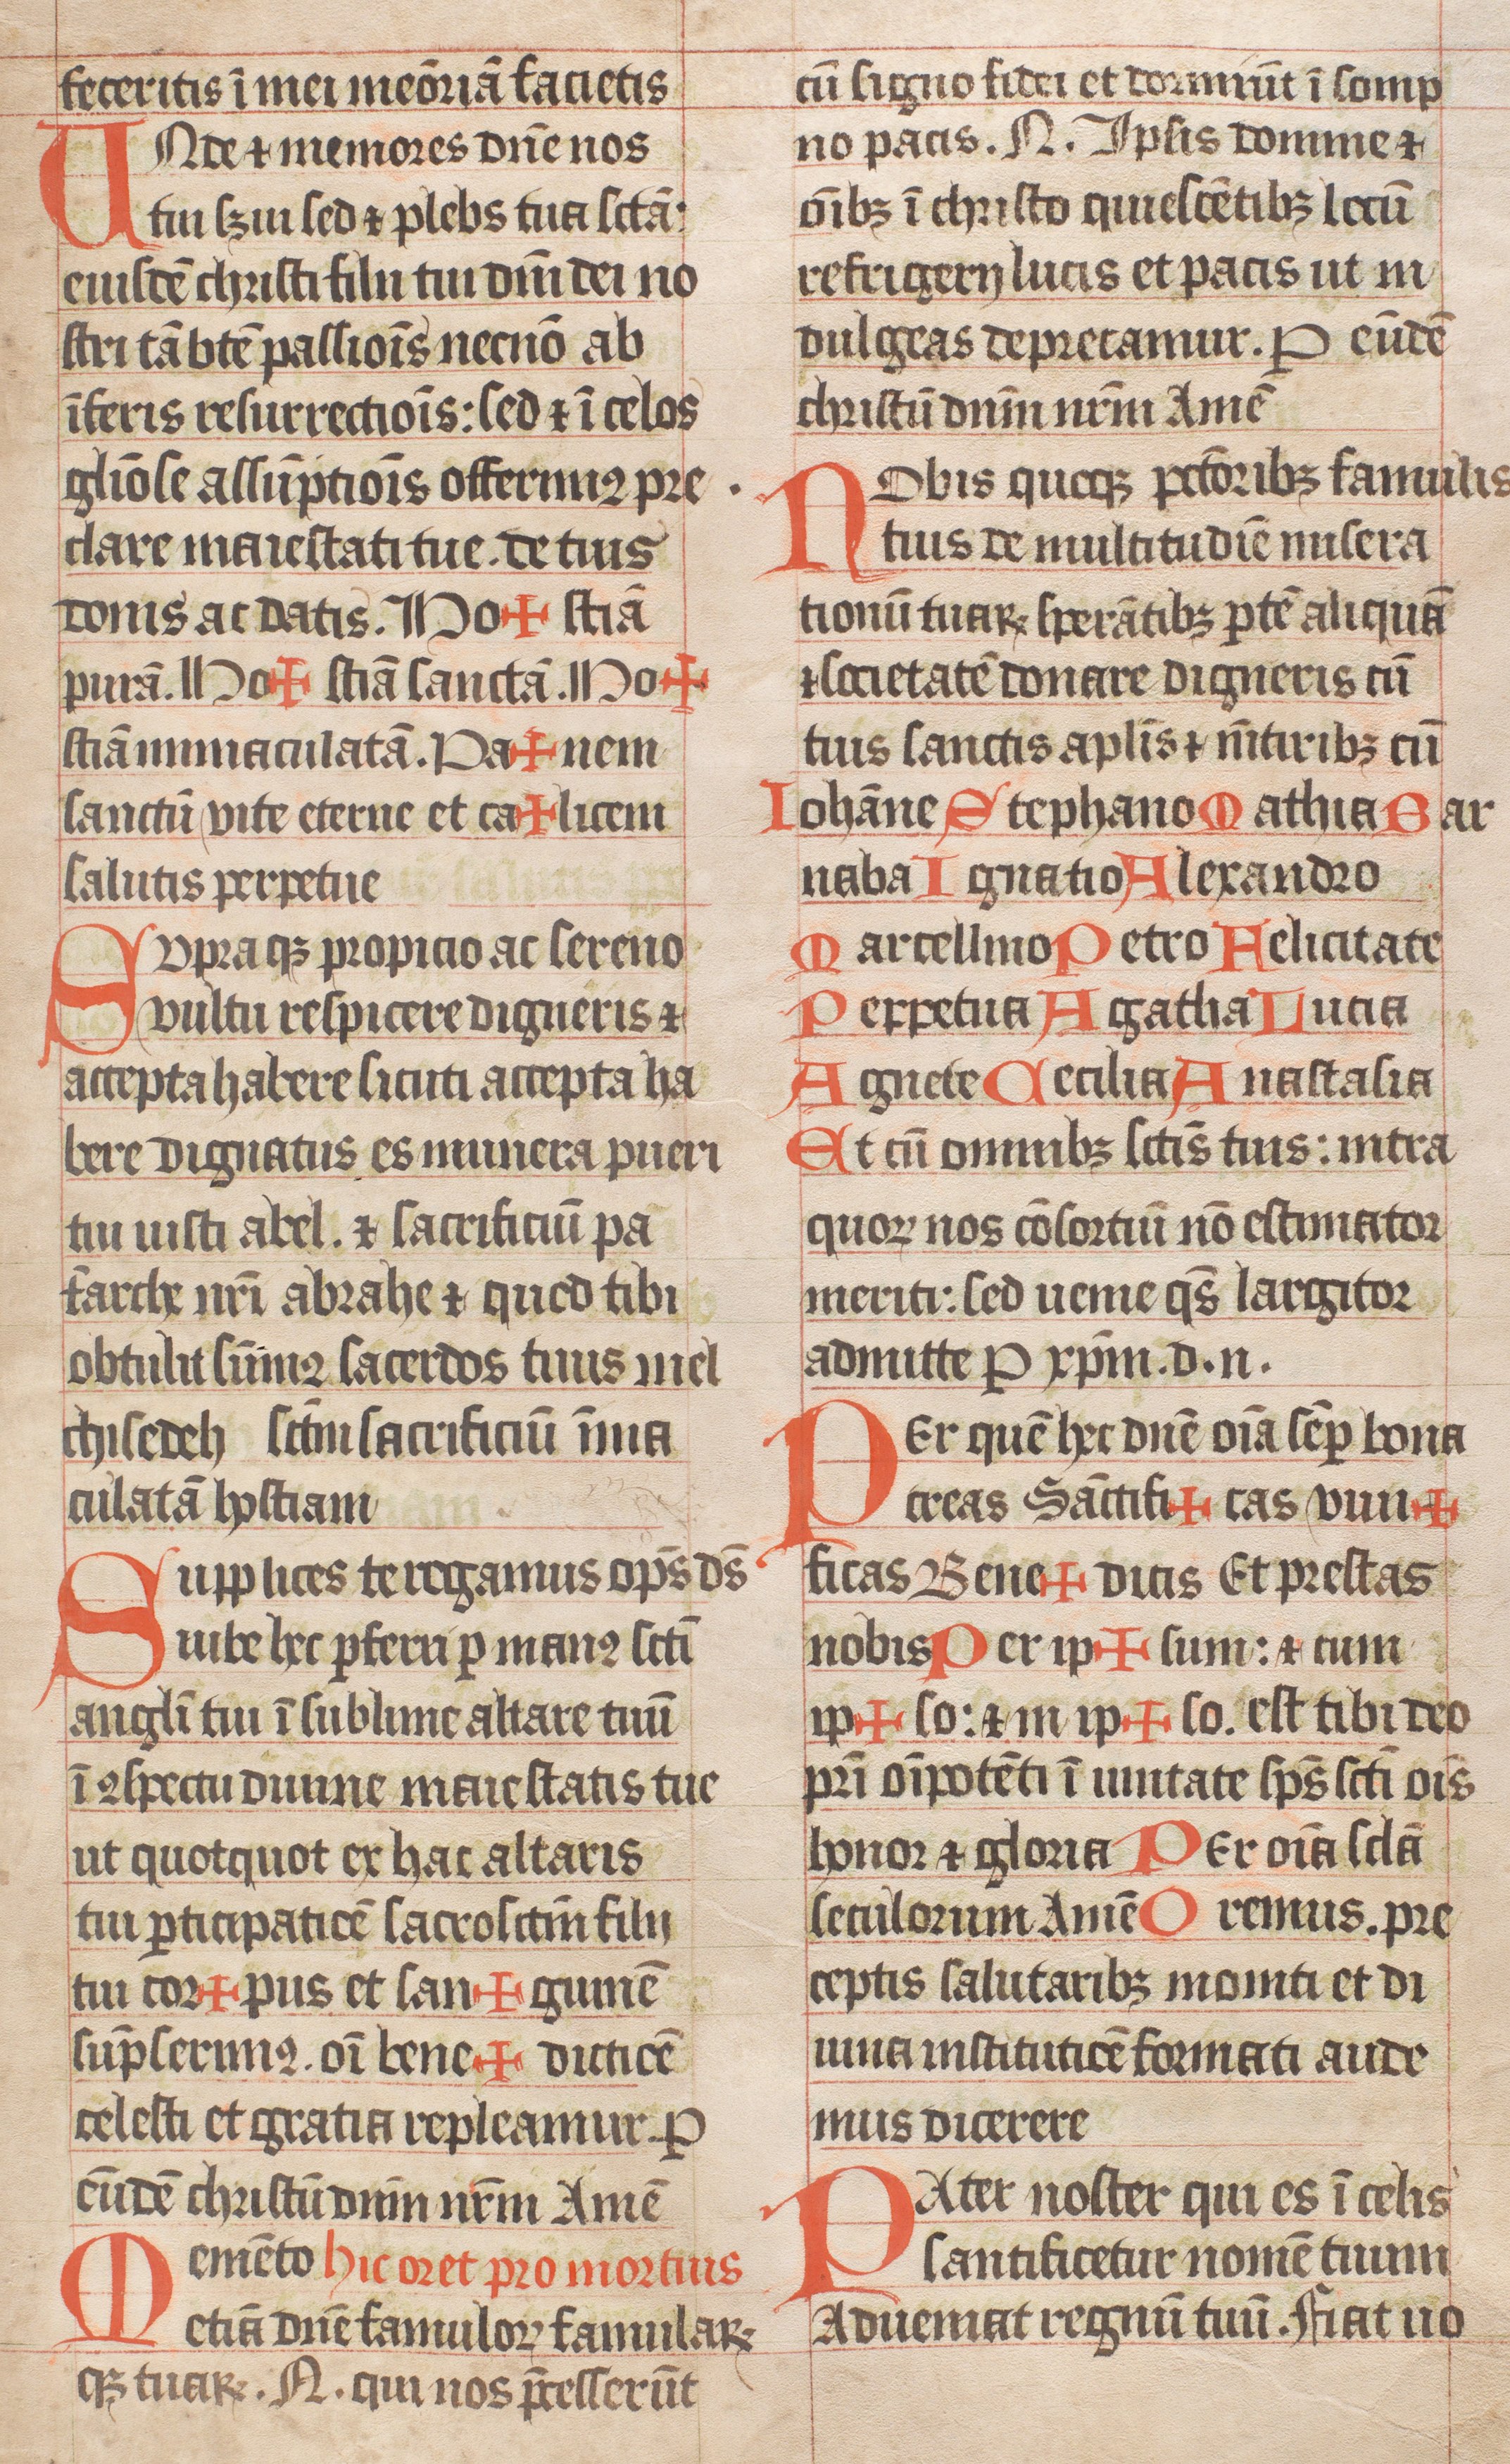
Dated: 1300–1399